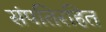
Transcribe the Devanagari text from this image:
संपतिरहित